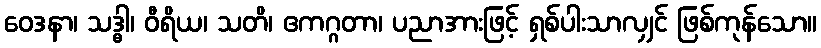
ဝေဒနာ၊ သဒ္ဓါ၊ ဝီရိယ၊ သတိ၊ ဧကဂ္ဂတာ၊ ပညာအားဖြင့် ရှစ်ပါးသာလျှင် ဖြစ်ကုန်သော။